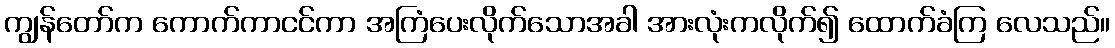
ကျွန်တော်က ကောက်ကာငင်ကာ အကြံပေးလိုက်သောအခါ အားလုံးကလိုက်၍ ထောက်ခံကြ လေသည်။